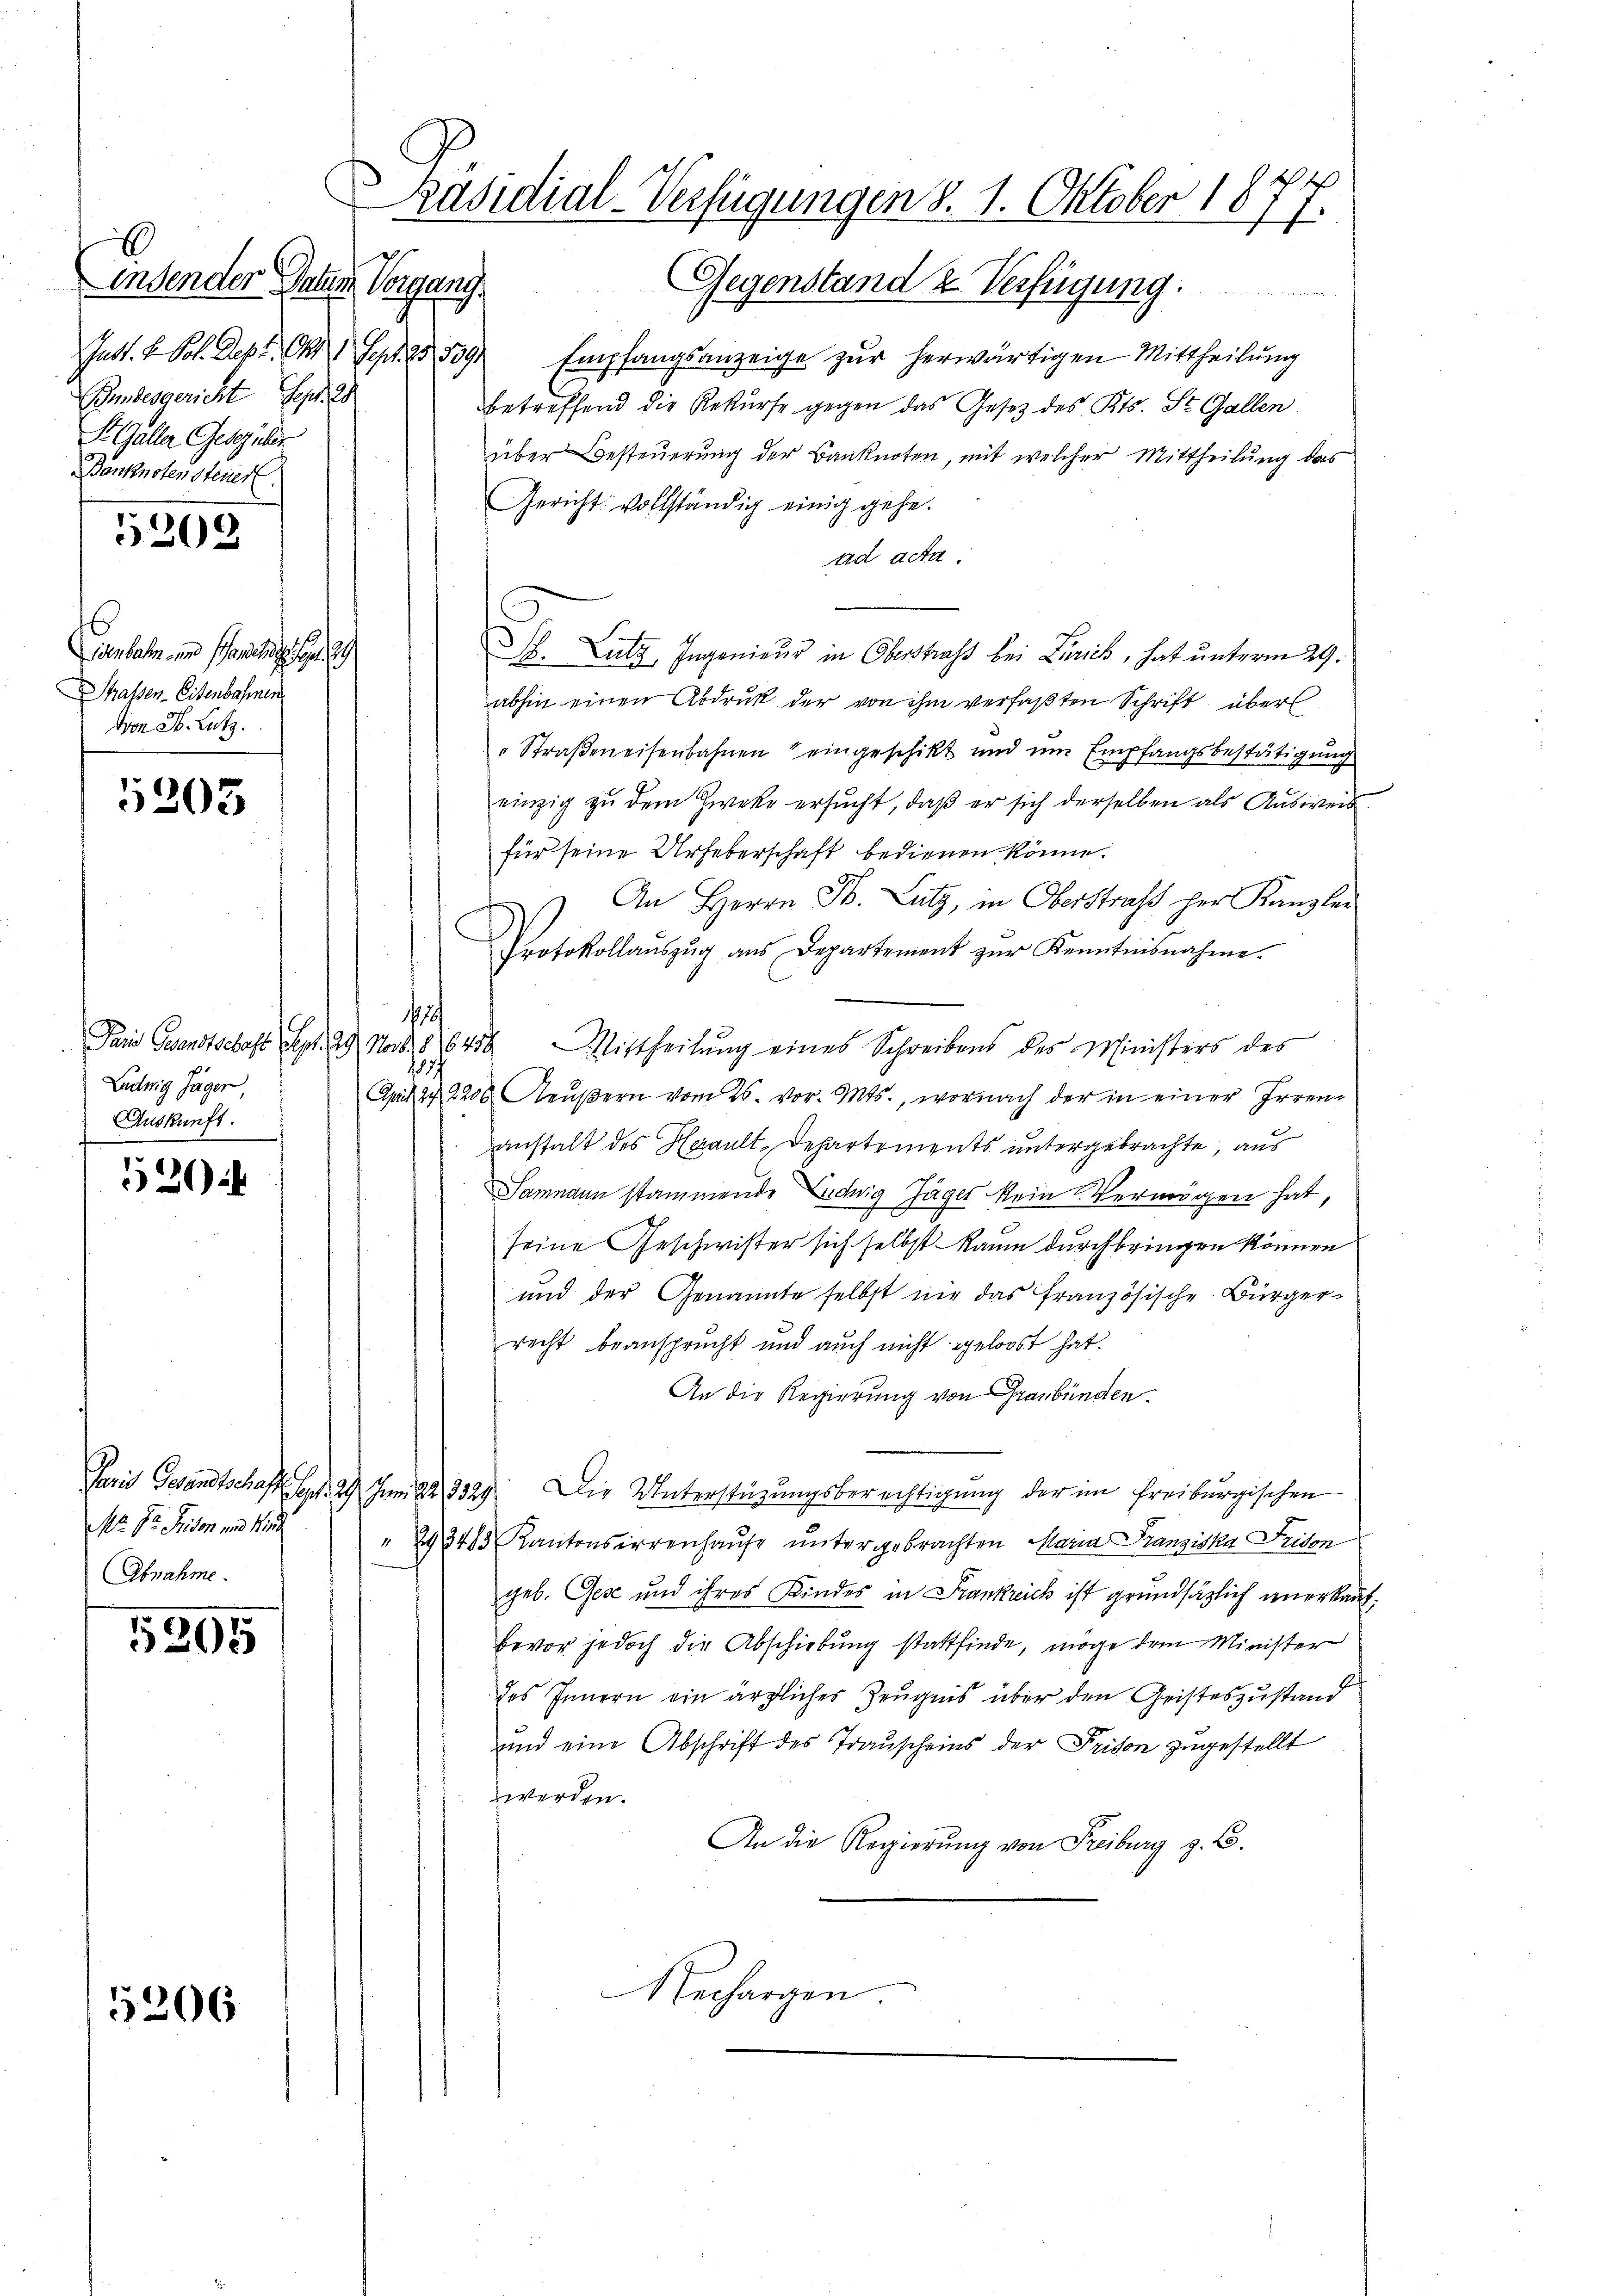
Andender Datum
Peperung
Just. H. Pol. Sept. 1411 Sept. 25, 509.
Bundesgericht Sept. 28
S. Galler Geschüler
Banknotensteuer

5205

ienbahn und Schaniker
Strassen-Eisenbahnen
von St. Lutz.

5203

Ludwig Jäger,
Auskunft.

520

Nr. Dr. Friden und Wir
Abnahme.

5205

5206

Gegenstand & Verfügung.
Empfangsanzeige zur herwärtigen Mittheilung
betreffend die Rekurse gegen das Gesetz des Kts. St. Gallen
über Besteuerung der Banknoten, mit welcher Mittheilung das
Gericht vollständig einig gehe.
ad acta.
. Lutz, Ingenieur in Oberstrafs bei Zürich, hat unterm 29.
abhin einen Abdruk der von ihm verfaßten Schrift über
" Straßeneisenbahnen eingeschikt und um Empfangsbestätigung
einzig zu dem Zwecke ersucht, daß er sich derselben als Ausweis
für seine Urheberschaft bedienen könne.
) An Herrn P. Lutz, in Oberstraß her Kanzlei
Protokollaŭszŭg ans Departement zŭr Kenntnisnahme.
12/
Paris Gesandtschaft Sept. 29. Nov. 8. 16456. Mittheilŭng eines Schreibens des Ministers des
185
April 2. 2206 Aŭβern vom 26. vor. Mts., wornach der in einer Irrenanstalt des Herault-Departements untergebrachte, aus
Sammann stammende Ludwig Jäger kein Vermögen hat,
seine Geschwister sich selbst kaum durchbringen können
und der Genannte selbst nie das französische Bürgerrecht beansprucht und auch nicht geloost hat.
An die Regierung von Graubünden.
Paris Gesandtschaft Sept. 29. Juni 223329. Die Unterstüzungsberechtigung der im Freiburgischen
"293485 Kantonsirrenhaŭse ŭntergebrachten Maria Franziska Frison
geb. Gese und ihres Kindes in Frankreich ist grundsätzlich anerkanbevor jedoch die Abschiebung stattfinde, möge dem Minister
des Innern ein ärztlicher Zeugnis über den Geisteszustand
und eine Abschrift des Trauscheins der Prison zugestellt
werden.
An die Regierŭng von Freiburg z. B.
Nechargen.

Präsidial-Verfügungen §. 1. Oktober 1877.